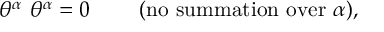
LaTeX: \theta ^ { \alpha } \ \theta ^ { \alpha } = 0 \qquad \mathrm { ~ ( n o ~ s u m m a t i o n ~ o v e r } \ \alpha ) ,